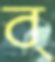
ব্